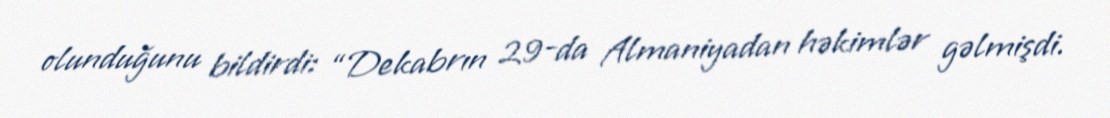
olunduğunu bildirdi: “Dekabrın 29-da Almaniyadan həkimlər gəlmişdi.